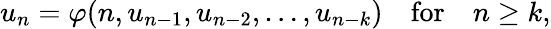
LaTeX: u_{n}=\varphi(n,u_{n-1},u_{n-2},\ldots,u_{n-k})\quad{\mathrm{for}}\quad n\geq k,